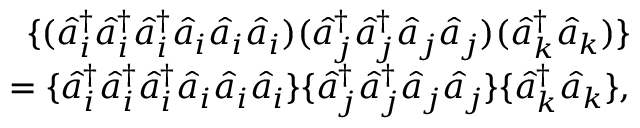
\begin{array} { r l r } & { } & { \{ ( \hat { a } _ { i } ^ { \dagger } \hat { a } _ { i } ^ { \dagger } \hat { a } _ { i } ^ { \dagger } \hat { a } _ { i } \hat { a } _ { i } \hat { a } _ { i } ) ( \hat { a } _ { j } ^ { \dagger } \hat { a } _ { j } ^ { \dagger } \hat { a } _ { j } \hat { a } _ { j } ) ( \hat { a } _ { k } ^ { \dagger } \hat { a } _ { k } ) \} } \\ & { } & { = \{ \hat { a } _ { i } ^ { \dagger } \hat { a } _ { i } ^ { \dagger } \hat { a } _ { i } ^ { \dagger } \hat { a } _ { i } \hat { a } _ { i } \hat { a } _ { i } \} \{ \hat { a } _ { j } ^ { \dagger } \hat { a } _ { j } ^ { \dagger } \hat { a } _ { j } \hat { a } _ { j } \} \{ \hat { a } _ { k } ^ { \dagger } \hat { a } _ { k } \} , } \end{array}